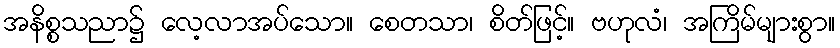
အနိစ္စသညာ၌ လေ့လာအပ်သော။ စေတသာ၊ စိတ်ဖြင့်။ ဗဟုလံ၊ အကြိမ်များစွာ။